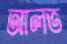
আলভ